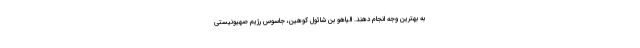
به بهترین وجه انجام دهند. الیاهو بن شائول کوهین، جاسوس رژیم صهیونیستی